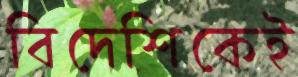
বিদেশিকেই